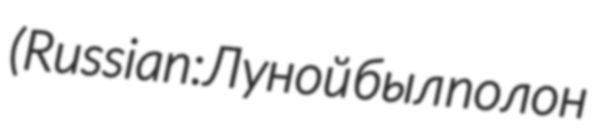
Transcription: (Russian: Луной был полон